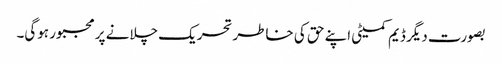
بصورت دیگر ڈیم کمیٹی اپنے حق کی خاطر تحریک چلانے پر مجبور ہوگی۔